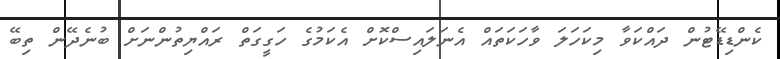
ކެންޑިޑޭޓުން ދައްކަވާ މިކަހަލަ ވާހަކަތައް އެނަލައިސްކޮށް އެކަމުގެ ހަގީގަތް ރައްޔިތުންނަށް ބުނެދޭން ތިބޭ